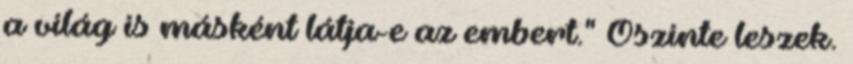
a világ is másként látja-e az embert." Őszinte leszek.